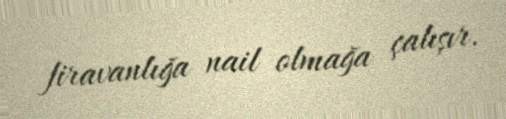
firavanlığa nail olmağa çalışır.